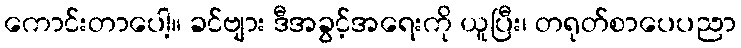
ကောင်းတာပေါ့။ ခင်ဗျား ဒီအခွင့်အရေးကို ယူပြီး၊ တရုတ်စာပေပညာ